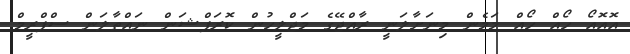
އޮއޮއޯ ހޯއް ހޯއް މަމެން މިނަށާލަނީ ރާއްޖޭގެ މަޖްލީހުން ކޮރަޕްޝަން ނައްތާލަން ސްޕްރީމް